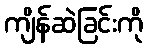
ကျိန်ဆဲခြင်းကို